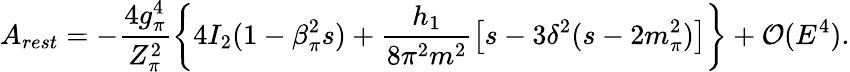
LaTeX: A_{rest}=-\frac{4g_{\pi}^{4}}{Z_{\pi}^{2}}\left\{ 4I_{2}(1-\beta_{\pi}^{2}s)+\frac{h_{1}}{8\pi^{2}m^{2}}\left[s-3\delta^{2}(s-2m_{\pi}^{2})\right]\right\} +{\cal O}(E^{4}).